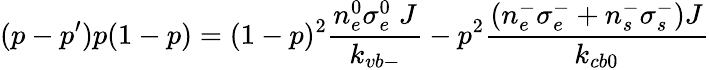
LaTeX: (p-p^{\prime})p(1-p)=(1-p)^{2}\frac{n_{e}^{0}\sigma_{e}^{0}\; J}{k_{vb-}}-p^{2}\frac{\left(n_{e}^{-}\sigma_{e}^{-}+n_{s}^{-}\sigma_{s}^{-}\right)J}{k_{cb0}}